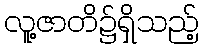
လူ့ဇာတိ၌ရှိသည့်